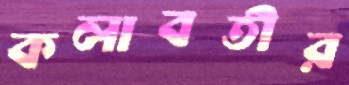
কলাবতীর